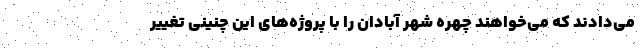
می‌دادند که می‌خواهند چهره شهر آبادان را با پروژه‌های این چنینی تغییر